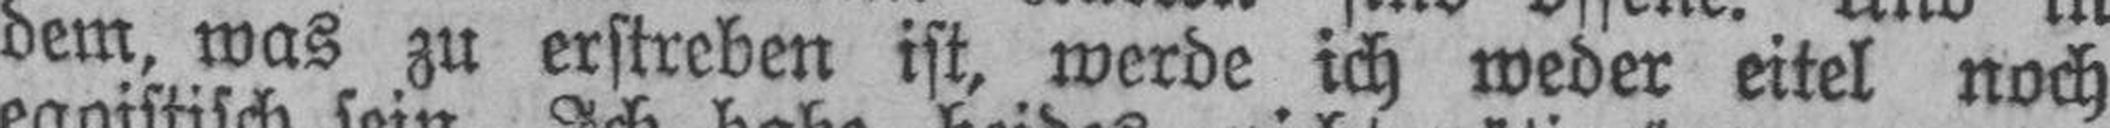
dem, was zu erstreben ist, werde ich weder eitel noch